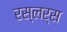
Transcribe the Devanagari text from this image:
रस्लर्स